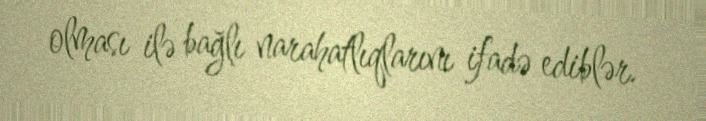
olması ilə bağlı narahatlıqlarını ifadə ediblər.